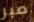
صبر